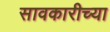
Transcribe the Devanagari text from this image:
सावकारीच्या